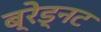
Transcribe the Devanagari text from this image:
ब्रेड्नट